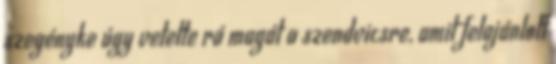
szegényke úgy vetette rá magát a szendvicsre, amit felajánlott